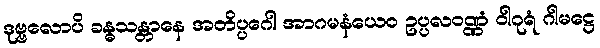
ဒုဗ္ဗလောပိ ခန္ဓသန္တာနေ အတိပ္ပဂေါ အာဂမနံယေဝ ဥပ္ပလဝဏ္ဏံ ဝါဂုရံ ဂါမဋ္ဌေ